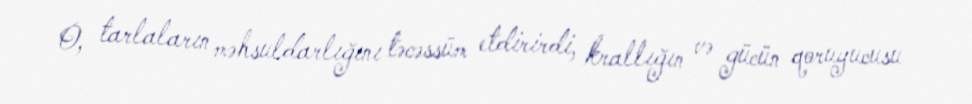
O, tarlaların məhsuldarlığını təcəssüm etdirirdi, krallığın və gücün qoruyucusu